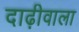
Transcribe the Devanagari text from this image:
दाढ़ीवाला